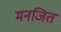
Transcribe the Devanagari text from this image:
मनजित